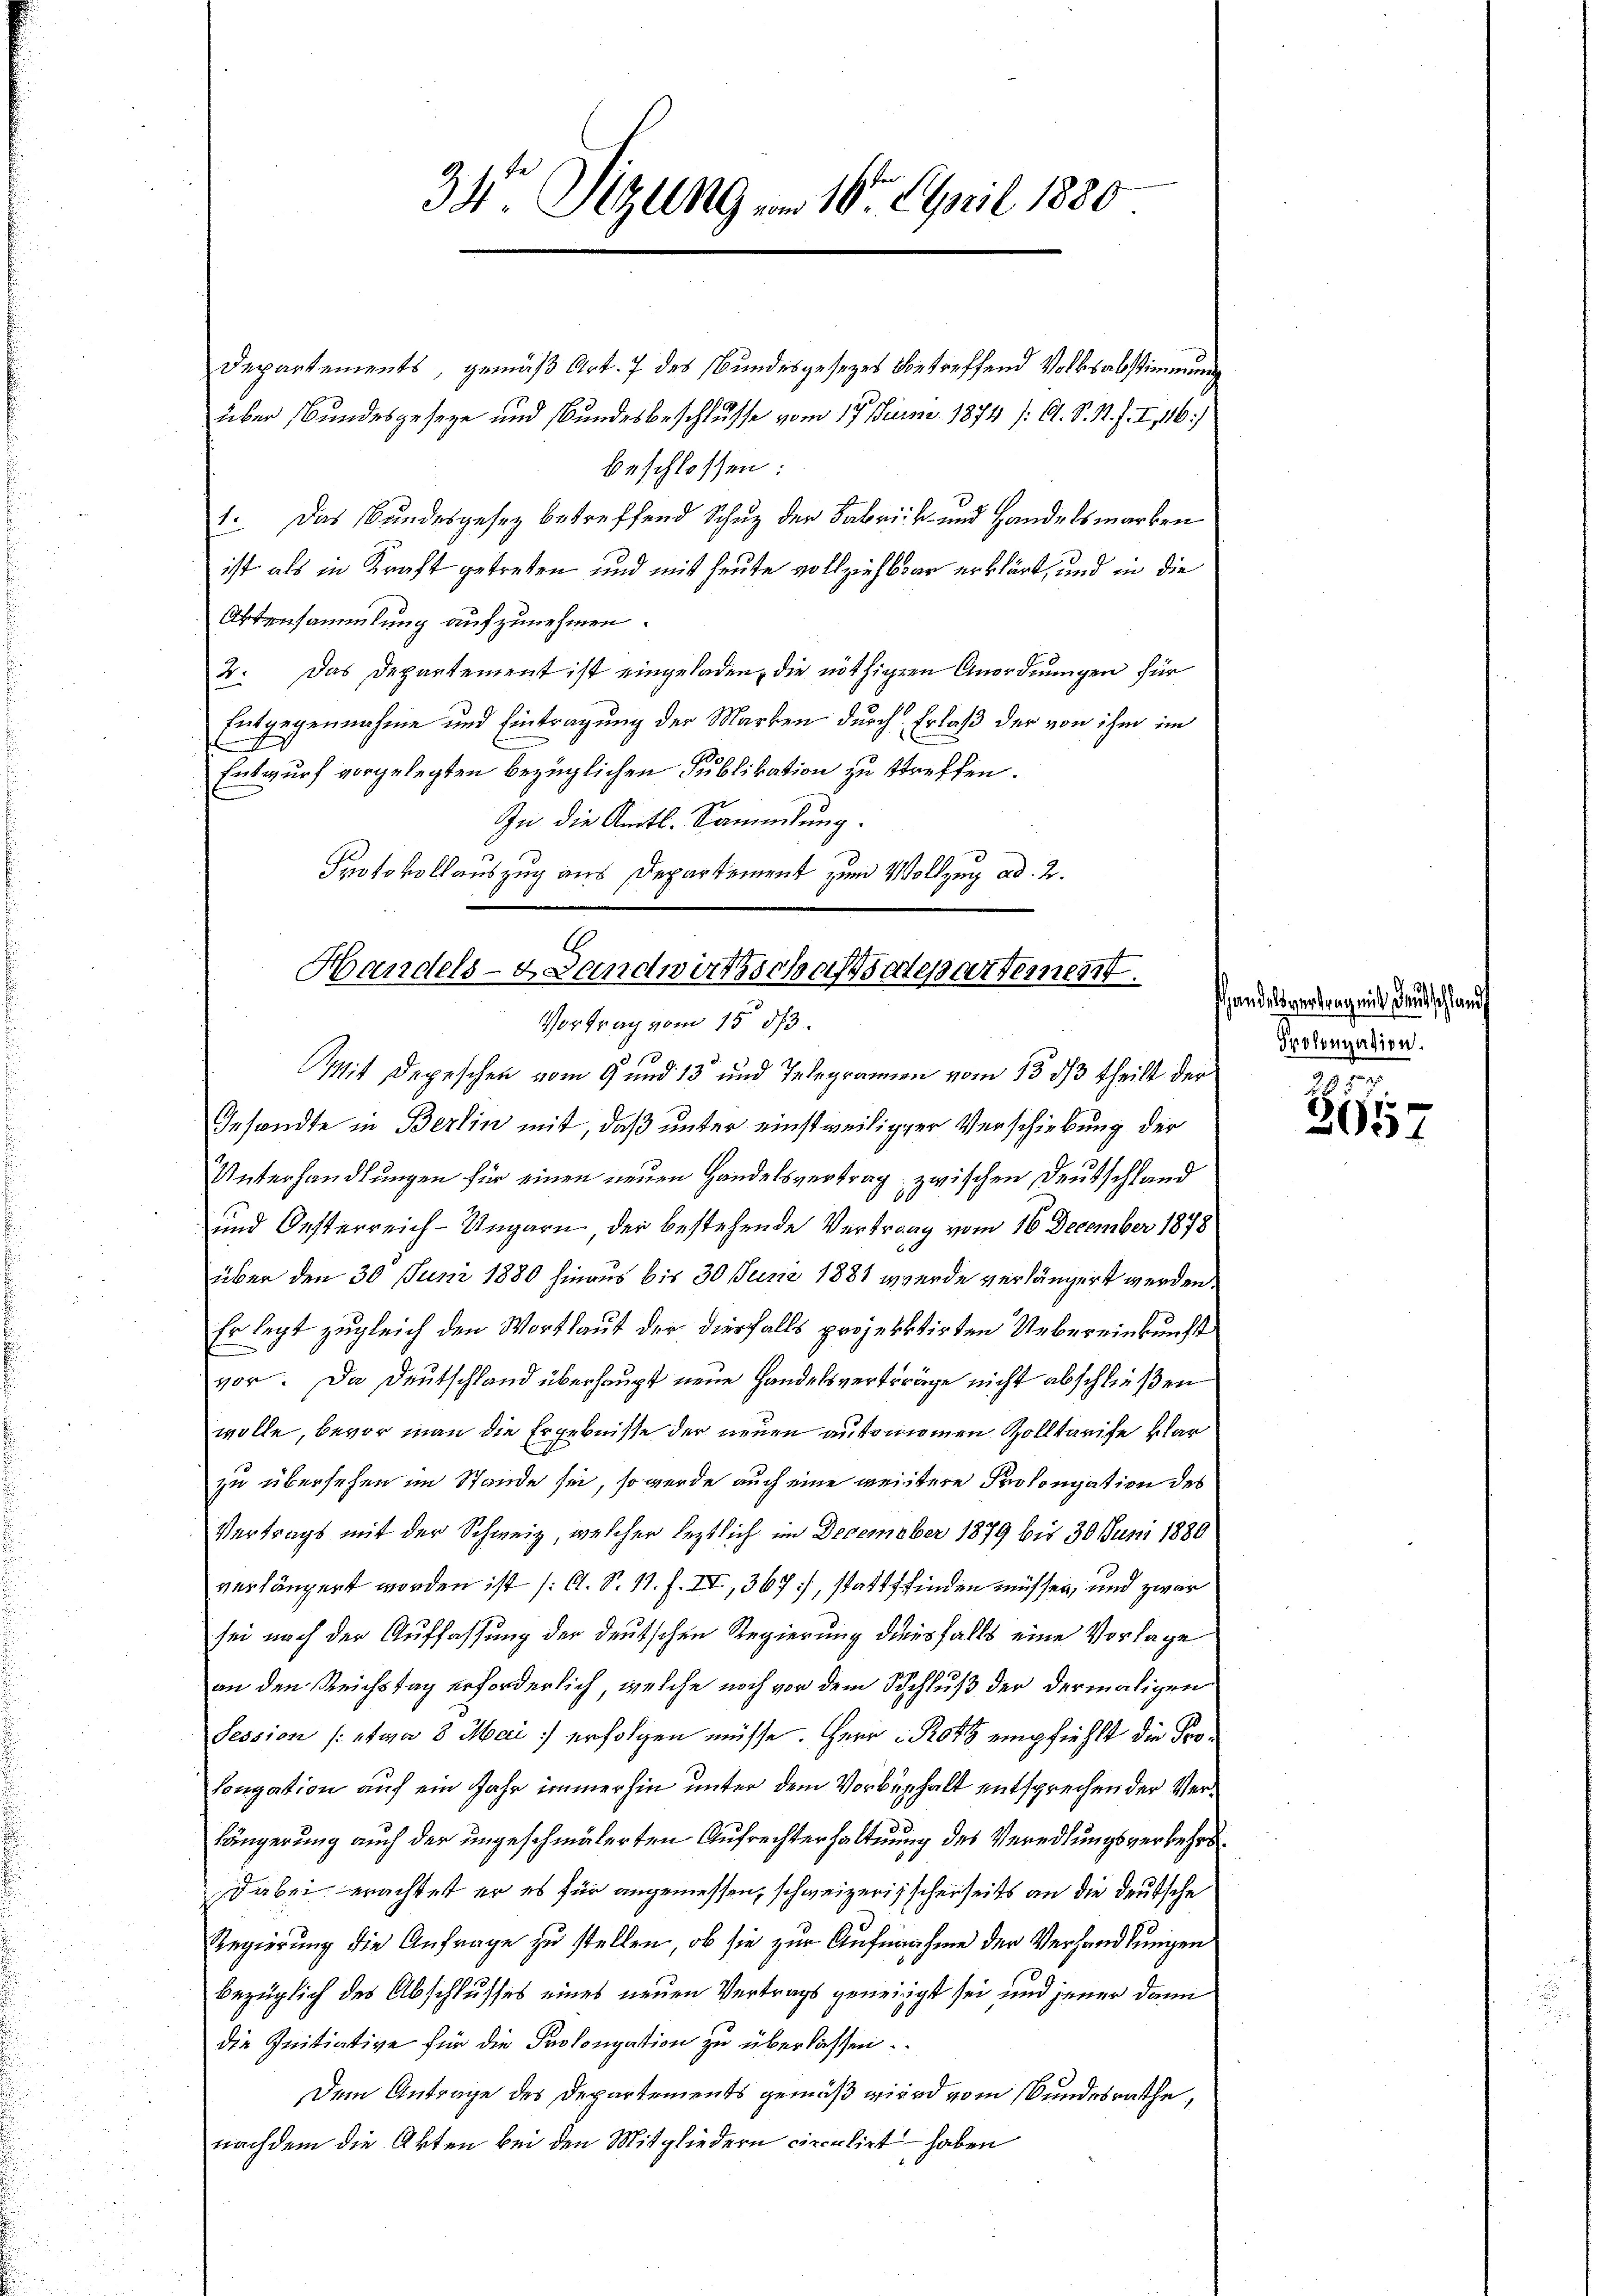
Departements, gemäß Art. 7 des Bundesgesezes vortreffend Volksabstimmung
über Bundesgeseze und Bundesbeschlusse vom 17. Juni 1874 (O. S. R. F. I 1416)
beschlossen:
1. Das Bundesgesetz betreffend Schuz der Fabrik- und Handelsmarken
ist als in Kraft getreten und mit heute vollziehlbar erklärt, und in die
Aktensammlung aufzunehmen.
4. Das Departement ist eingeladen, die nöthigern Anordnungen für
Entgegennahme und Eintragung der Marken durch Erlaß der von ihm im
e
Entwurf vorgelegten bezüglichen Publikation zu streffen.
In die Amtl. Sammlung
Protokollauszug aus Departement zum Vollzug ad 2.
Gesandte in Berlin mit, daß unter einstweiliger Verschiebung der
Unterhandlungen für einen neuen Handelsvertrag zwischen Deutschland
und Oesterreich-Ungarn, der bestehende Vertrag vom 16. December 1878
über den 30 Juni 1880 hinaus bis 30 Juni 1881 werde verlängert werden.
Er legt zugleich den Wortlaut der diesfalls projektirten Uebereinkunft
vor. Da Deutschland überhaupt neue Handelsverträge nicht abschließen
wolle, bevor man die Ergebnisse der neuen automomen Zolltarife klar
zu übersehen im Stande sei, so werde auch eine weitere Prolongation des
Vertrags mit der Schweiz, welcher leztlich im December 1879 bis 30 Juni 1880
verlängert worden ist (O. S. 11. f. II., 367, stattfinden müssen, und zwar
sei nach der Auffassung der deutschen Regierung diesfalls eine Vorlage
an den Reichstag erforderlich, welche noch vor dem Schluß der dermaligen
Pession (: etwa 3 Mai erfolgen müsse. Herr Roth empfiehlt die Prolongation auf ein Jahr immerhin unter dem Vorbehalt entsprechen der Verlängerung auch der ungeschmälerten Aufrechterhaltung des Veredlungsverkehrs¬
Dabei, erachtet er es für angemessen, schweizerischerseits an die deutsche
Regierung die Anfrage zu stellen, ob sie zur Aufnahme der Verhandlungen
bezüglich des Abschlusses eines neuen Vertrags geneigt sei und jener dann
die Initiative für die Prolongation zu überlassen.
Dem Antrage des Departements gemäß wird vom Bundesrathe,
nachdem die Akten bei den Mitgliedern circulirt haben

34 Sizung vom 16. April 1880

Handels-Landwirtschaftsdepartement.
Vortrag vom 15. 53.
Mit Depeschen vom 9 und 13 und Telegramen vom 13 1/3 theilt der

shandelsvertrag mit Deutschland
Prolongation.

217
x
205.